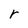
Character: r